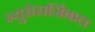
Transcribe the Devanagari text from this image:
न्युरोसर्जिकल